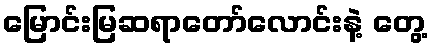
မြောင်းမြဆရာတော်လောင်းနဲ့ တွေ့